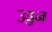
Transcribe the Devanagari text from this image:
उड्डन